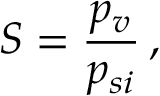
S = \frac { p _ { v } } { p _ { s i } } \, ,